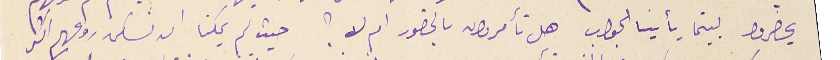
يحضروا بينما يأتينا الجواب هل تأمرون بالحضور ام لا؟ حيث لم يمكنا ان نسكن روعهم اكثر